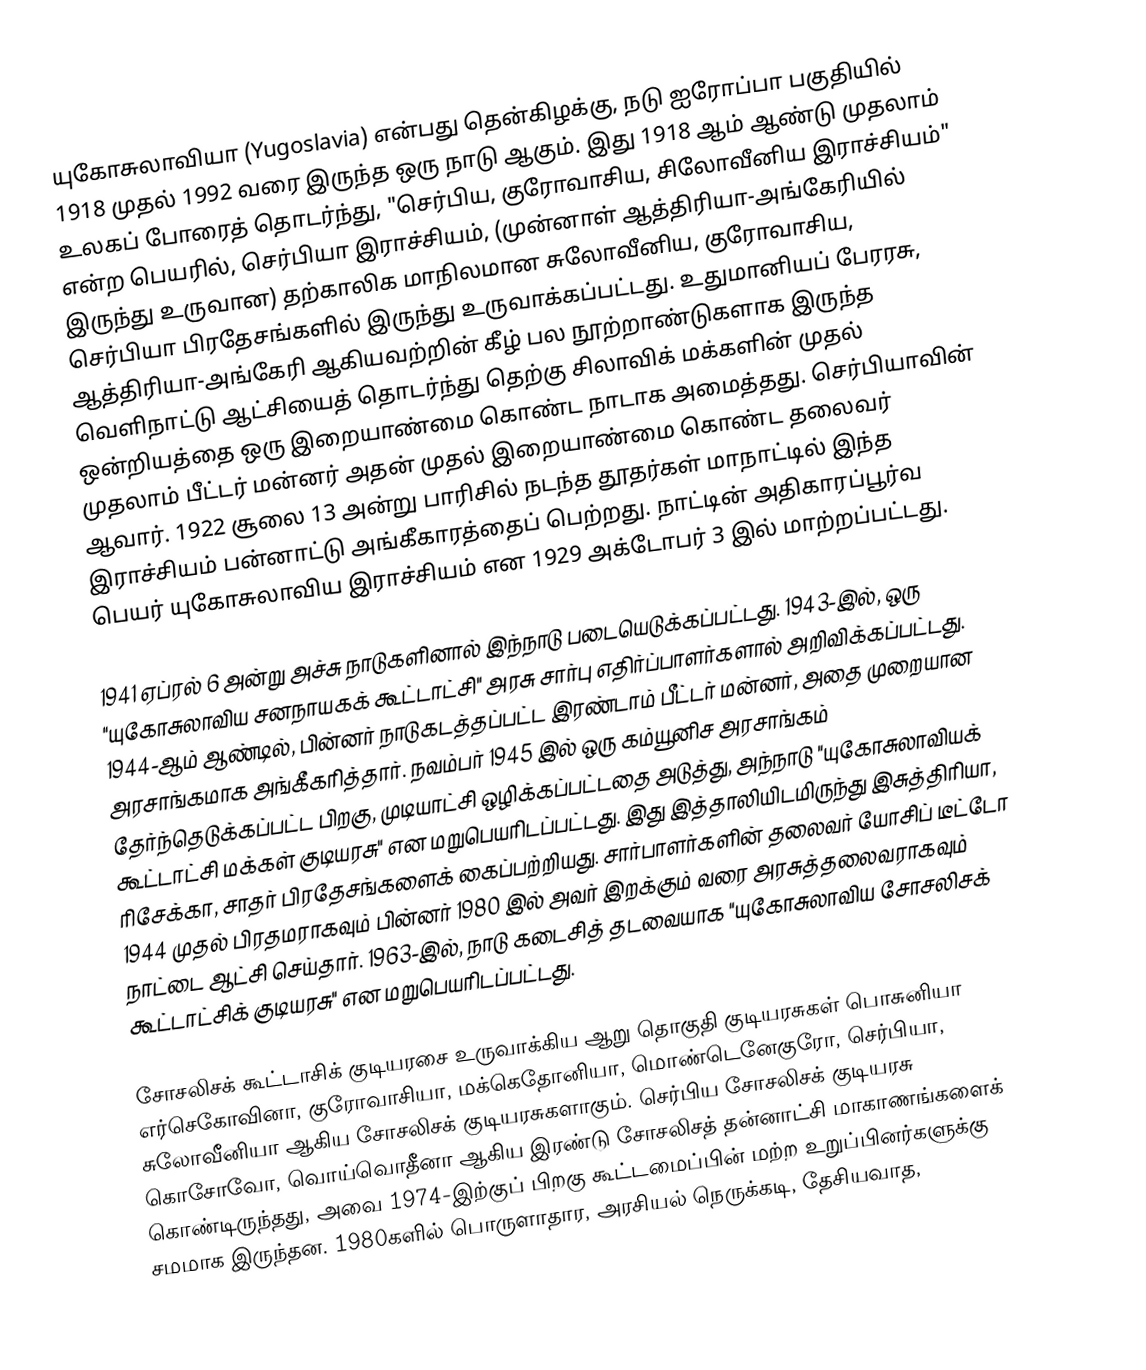
யுகோசுலாவியா (Yugoslavia) என்பது தென்கிழக்கு, நடு ஐரோப்பா பகுதியில் 1918 முதல் 1992 வரை இருந்த ஒரு நாடு ஆகும். இது 1918 ஆம் ஆண்டு முதலாம் உலகப் போரைத் தொடர்ந்து, "செர்பிய, குரோவாசிய, சிலோவீனிய இராச்சியம்" என்ற பெயரில், செர்பியா இராச்சியம், (முன்னாள் ஆத்திரியா-அங்கேரியில் இருந்து உருவான) தற்காலிக மாநிலமான சுலோவீனிய, குரோவாசிய, செர்பியா பிரதேசங்களில் இருந்து உருவாக்கப்பட்டது. உதுமானியப் பேரரசு, ஆத்திரியா-அங்கேரி ஆகியவற்றின் கீழ் பல நூற்றாண்டுகளாக இருந்த வெளிநாட்டு ஆட்சியைத் தொடர்ந்து தெற்கு சிலாவிக் மக்களின் முதல் ஒன்றியத்தை ஒரு இறையாண்மை கொண்ட நாடாக அமைத்தது. செர்பியாவின் முதலாம் பீட்டர் மன்னர் அதன் முதல் இறையாண்மை கொண்ட தலைவர் ஆவார். 1922 சூலை 13 அன்று பாரிசில் நடந்த தூதர்கள் மாநாட்டில் இந்த இராச்சியம் பன்னாட்டு அங்கீகாரத்தைப் பெற்றது. நாட்டின் அதிகாரப்பூர்வ பெயர் யுகோசுலாவிய இராச்சியம் என 1929 அக்டோபர் 3 இல் மாற்றப்பட்டது.

1941 ஏப்ரல் 6 அன்று அச்சு நாடுகளினால் இந்நாடு படையெடுக்கப்பட்டது. 1943-இல், ஒரு "யுகோசுலாவிய சனநாயகக் கூட்டாட்சி" அரசு சார்பு எதிர்ப்பாளர்களால் அறிவிக்கப்பட்டது. 1944-ஆம் ஆண்டில், பின்னர் நாடுகடத்தப்பட்ட இரண்டாம் பீட்டர் மன்னர், அதை முறையான அரசாங்கமாக அங்கீகரித்தார். நவம்பர் 1945 இல் ஒரு கம்யூனிச அரசாங்கம் தேர்ந்தெடுக்கப்பட்ட பிறகு, முடியாட்சி ஒழிக்கப்பட்டதை அடுத்து, அந்நாடு "யுகோசுலாவியக் கூட்டாட்சி மக்கள் குடியரசு" என மறுபெயரிடப்பட்டது. இது இத்தாலியிடமிருந்து இசுத்திரியா, ரிசேக்கா, சாதர் பிரதேசங்களைக் கைப்பற்றியது. சார்பாளர்களின் தலைவர் யோசிப் டீட்டோ 1944 முதல் பிரதமராகவும் பின்னர் 1980 இல் அவர் இறக்கும் வரை அரசுத்தலைவராகவும் நாட்டை ஆட்சி செய்தார். 1963-இல், நாடு கடைசித் தடவையாக "யுகோசுலாவிய சோசலிசக் கூட்டாட்சிக் குடியரசு" என மறுபெயரிடப்பட்டது.

சோசலிசக் கூட்டாசிக் குடியரசை உருவாக்கிய ஆறு தொகுதி குடியரசுகள் பொசுனியா எர்செகோவினா, குரோவாசியா, மக்கெதோனியா, மொண்டெனேகுரோ, செர்பியா, சுலோவீனியா ஆகிய சோசலிசக் குடியரசுகளாகும். செர்பிய சோசலிசக் குடியரசு கொசோவோ, வொய்வொதீனா ஆகிய இரண்டு சோசலிசத் தன்னாட்சி மாகாணங்களைக் கொண்டிருந்தது, அவை 1974-இற்குப் பிறகு கூட்டமைப்பின் மற்ற உறுப்பினர்களுக்கு சமமாக இருந்தன. 1980களில் பொருளாதார, அரசியல் நெருக்கடி, தேசியவாத,